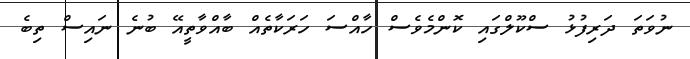
ނުވަތަ ދަރިފުޅު ސްކޫލްގައި ކޮންމެވެސް ހާއްސަ ހަރަކާތެއް ބާއްވާތީއޭ ބުނެ ނައިސް ތިބެ